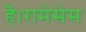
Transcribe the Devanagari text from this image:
है।रामेसेस